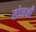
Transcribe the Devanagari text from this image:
सोनक्षी